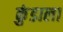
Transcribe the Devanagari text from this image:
कुंडाला